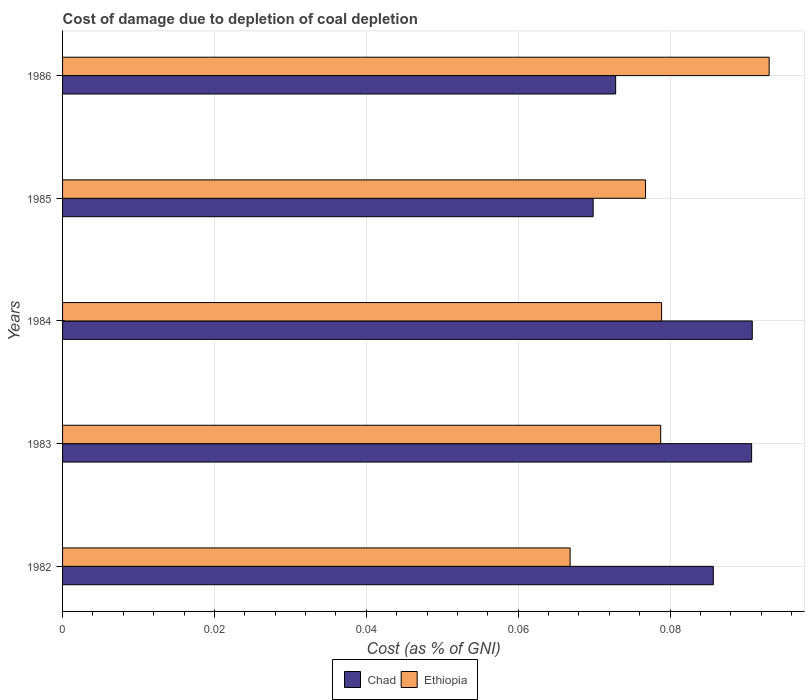
| Years | Chad | Ethiopia |
 | --- | --- | --- |
 | 1982 | 0.0857 | 0.0668 |
 | 1983 | 0.0907 | 0.0788 |
 | 1984 | 0.0908 | 0.0789 |
 | 1985 | 0.0699 | 0.0768 |
 | 1986 | 0.0728 | 0.093 |